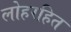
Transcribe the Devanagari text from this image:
लोहरहित